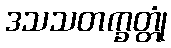
ဒသသတက္ခတ္တုံ